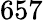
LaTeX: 657